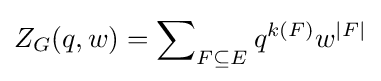
Z_{G}(q,w)=\sum \nolimits _{F\subseteq E}q^{k(F)}w^{|F|}